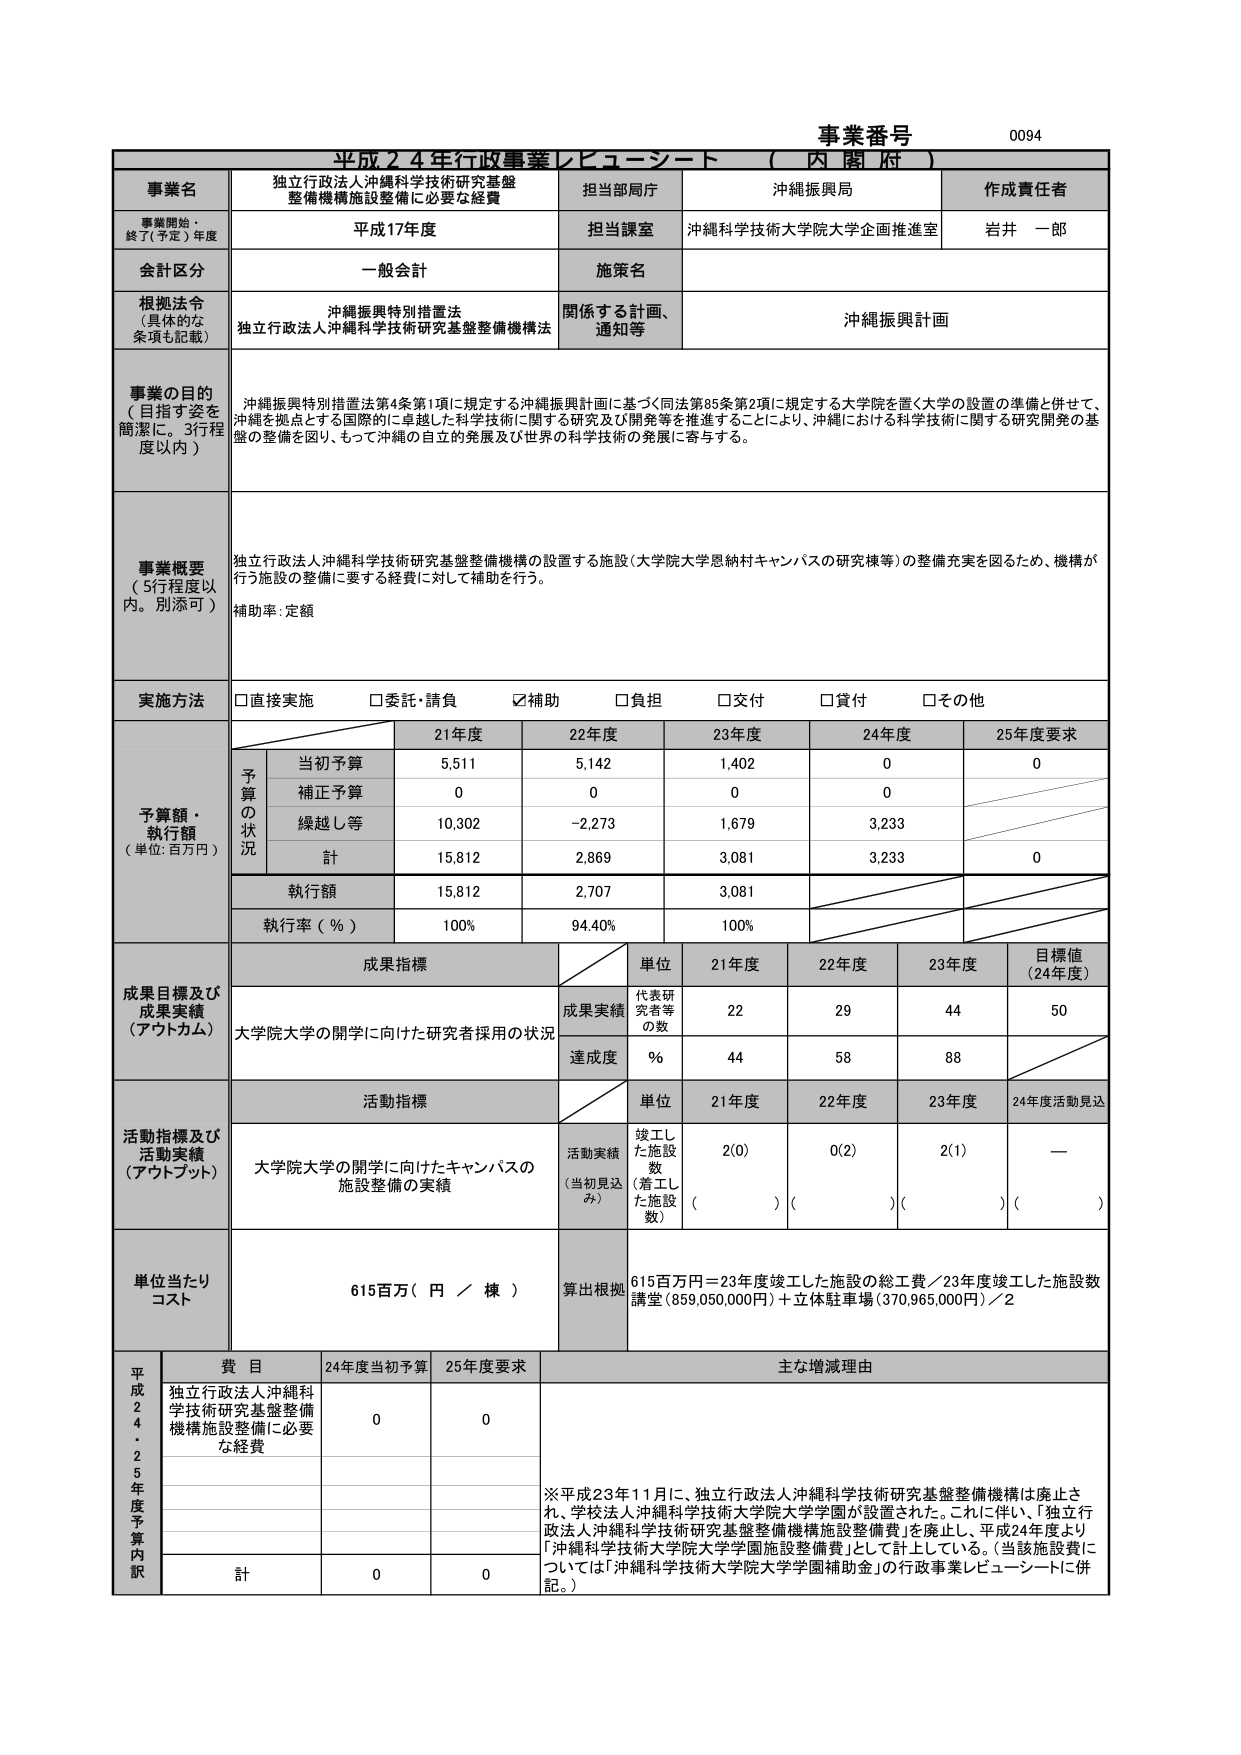
事業番号 0094
平成24年行政事業レピューシート（内閣府）

事業名 独立行政法人沖縄科学技術研究基盤整備機構施設整備に必要な経費
担当部局庁 沖縄振興局
作成責任者 岩井 一郎
事業開始・終了（予定）年度 平成17年度
担当課室 沖縄科学技術大学院大学企画推進室
会計区分 一般会計
施策名
根拠法令（具体的な条項も記載） 沖縄振興特別措置法 独立行政法人沖縄科学技術研究基盤整備機構法
関係する計画、通知等 沖縄振興計画

事業の目的（目指す姿を簡潔に。3行程度以内）
沖縄振興特別措置法第4条第1項に規定する沖縄振興計画に基づく同法第85条第2項に規定する大学院を置く大学の設置の準備と併せて、沖縄を拠点とする国際的に卓越した科学技術に関する研究及び開発等を推進することにより、沖縄における科学技術に関する研究開発の基盤の整備を図り、もって沖縄の自立的発展及び世界の科学技術の発展に寄与する。

事業概要（5行程度以内。別添可）
独立行政法人沖縄科学技術研究基盤整備機構の設置する施設（大学院大学恩納村キャンパスの研究棟等）の整備充実を図るため、機構が行う施設の整備に要する経費に対して補助を行う。
補助率：定額

実施方法 □直接実施 □委託・請負 ☑補助 □負担 □交付 □貸付 □その他

予算額・執行額（単位：百万円）
予算の状況
21年度 22年度 23年度 24年度 25年度要求
当初予算 5,511 5,142 1,402 0 0
補正予算 0 0 0 0
繰越し等 10,302 -2,273 1,679 3,233
計 15,812 2,869 3,081 3,233 0
執行額 15,812 2,707 3,081
執行率（％） 100% 94.40% 100%

成果目標及び成果実績（アウトカム）
成果目標
単位 21年度 22年度 23年度 目標値（24年度）
成果実績 代表研究者等の数 22 29 44 50
達成度 ％ 44 58 88

活動指標及び活動実績（アウトプット）
活動指標
単位 21年度 22年度 23年度 24年度活動見込
活動実績（当初見込み） 竣工した施設数（着工した施設数） 2(0) 0(2) 2(1) —

単位当たりコスト 615百万円（円／棟）
算出根拠 615百万円＝23年度竣工した施設の総工費／23年度竣工した施設数 講堂（859,050,000円）＋立体駐車場（370,965,000円）／2

平成24・25年度予算内訳
費目 24年度当初予算 25年度要求 主な増減理由
独立行政法人沖縄科学技術研究基盤整備機構施設整備に必要な経費 0 0
計 0 0
※平成23年11月に、独立行政法人沖縄科学技術研究基盤整備機構は廃止され、学校法人沖縄科学技術大学院大学学園が設置された。これに伴い、「独立行政法人沖縄科学技術研究基盤整備機構施設整備費」を廃止し、平成24年度より「沖縄科学技術大学院大学学園施設整備費」として計上している。（当該施設費については「沖縄科学技術大学院大学学園補助金」の行政事業レピューシートに併記。）